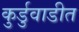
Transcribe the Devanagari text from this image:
कुर्डुवाडीत